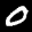
Label: 0